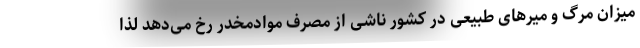
میزان مرگ و میرهای طبیعی در کشور ناشی از مصرف موادمخدر رخ می‌دهد لذا